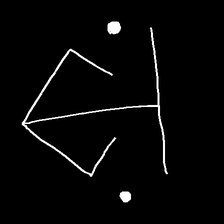
Glyph: earth